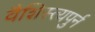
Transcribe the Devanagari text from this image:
वैशिस्त्यपुर्न